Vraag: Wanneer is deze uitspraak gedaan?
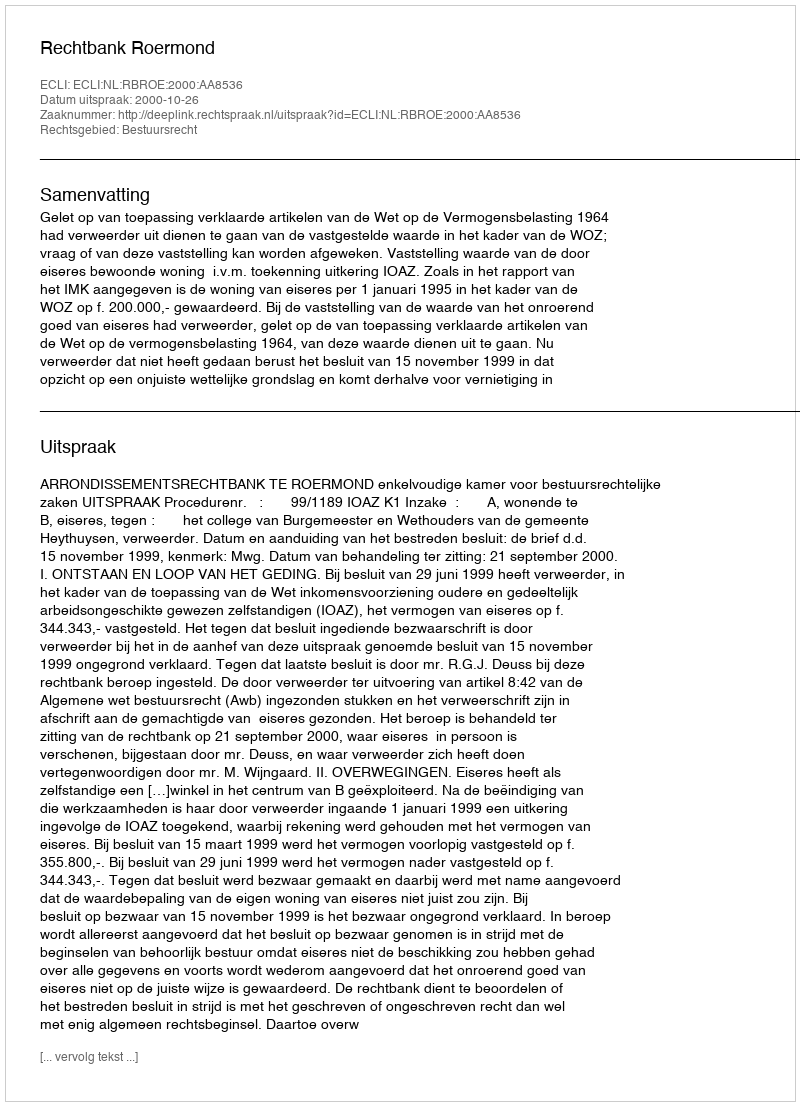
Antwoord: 2000-10-26